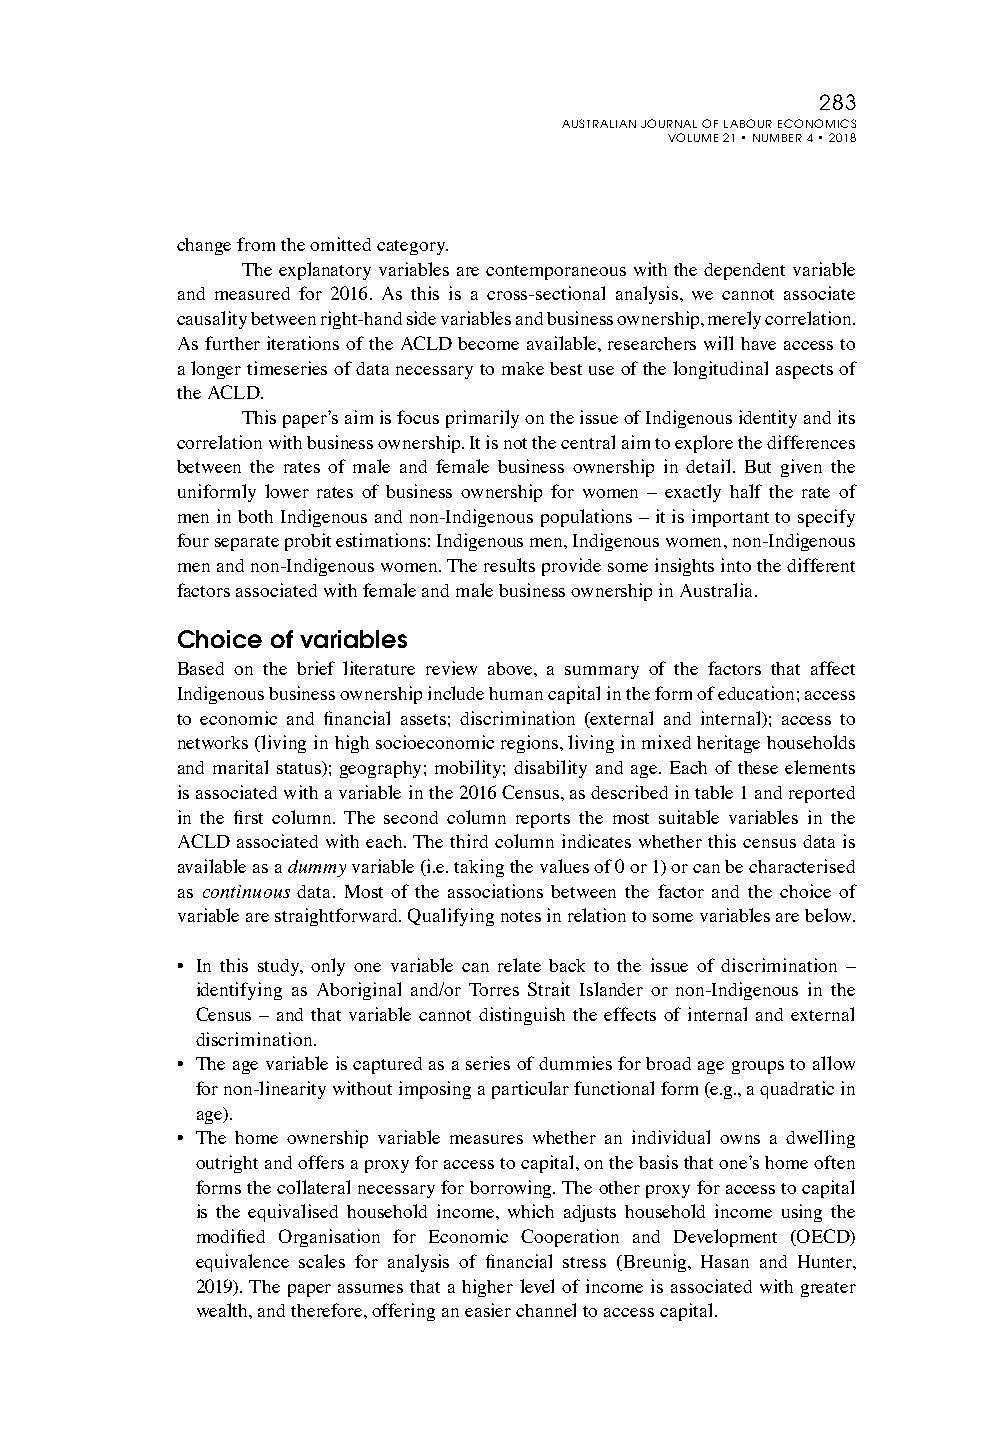
283
 AUSTRALIAN JOURNAL OF LABOUR ECONOMICS
 VOLUME 21 • NUMBER 4 • 2018
 change from the omitted category.
 The explanatory variables are contemporaneous with the dependent variable
 and measured for 2016. As this is a cross-sectional analysis, we cannot associate
 causality between right-hand side variables and business ownership, merely correlation.
 As further iterations of the ACLD become available, researchers will have access to
 a longer timeseries of data necessary to make best use of the longitudinal aspects of
 the ACLD.
 This paper’s aim is focus primarily on the issue of Indigenous identity and its
 correlation with business ownership. It is not the central aim to explore the differences
 between the rates of male and female business ownership in detail. But given the
 uniformly lower rates of business ownership for women – exactly half the rate of
 men in both Indigenous and non-Indigenous populations – it is important to specify
 four separate probit estimations: Indigenous men, Indigenous women, non-Indigenous
 men and non-Indigenous women. The results provide some insights into the different
 factors associated with female and male business ownership in Australia.
 Choice of variables
 Based on the brief literature review above, a summary of the factors that affect
 Indigenous business ownership include human capital in the form of education; access
 to economic and financial assets; discrimination (external and internal); access to
 networks (living in high socioeconomic regions, living in mixed heritage households
 and marital status); geography; mobility; disability and age. Each of these elements
 is associated with a variable in the 2016 Census, as described in table 1 and reported
 in the first column. The second column reports the most suitable variables in the
 ACLD associated with each. The third column indicates whether this census data is
 available as a dummy variable (i.e. taking the values of 0 or 1) or can be characterised
 as continuous data. Most of the associations between the factor and the choice of
 variable are straightforward. Qualifying notes in relation to some variables are below.
 • In this study, only one variable can relate back to the issue of discrimination –
 identifying as Aboriginal and/or Torres Strait Islander or non-Indigenous in the
 Census – and that variable cannot distinguish the effects of internal and external
 discrimination.
 • The age variable is captured as a series of dummies for broad age groups to allow
 for non-linearity without imposing a particular functional form (e.g., a quadratic in
 age).
 • The home ownership variable measures whether an individual owns a dwelling
 outright and offers a proxy for access to capital, on the basis that one’s home often
 forms the collateral necessary for borrowing. The other proxy for access to capital
 is the equivalised household income, which adjusts household income using the
 modified Organisation for Economic Cooperation and Development (OECD)
 equivalence scales for analysis of financial stress (Breunig, Hasan and Hunter,
 2019). The paper assumes that a higher level of income is associated with greater
 wealth, and therefore, offering an easier channel to access capital.